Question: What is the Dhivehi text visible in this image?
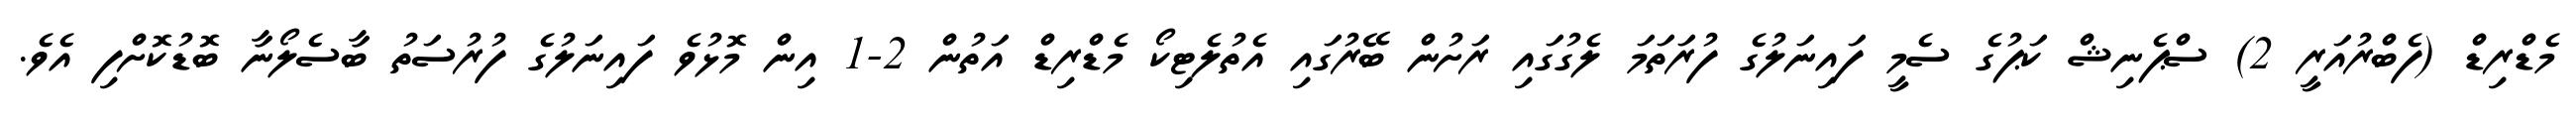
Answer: މެޑްރިޑް (ފެބްރުއަރީ 2) ސްޕެނިޝް ކަޕުގެ ސެމީ ފައިނަލުގެ ފުރަތަމަ ލެގުގައި ރަށުން ބޭރުގައި އެތުލެޓިކޯ މެޑްރިޑް އަތުން 2-1 އިން މޮޅުވެ ފައިނަލުގެ ފުރުސަތު ބާސެލޯނާ ބޮޑުކޮށްފި އެވެ.